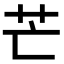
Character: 芒